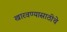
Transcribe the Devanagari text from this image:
खारवण्यासाठीचे